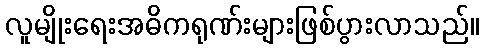
လူမျိုးရေးအဓိကရုဏ်းများဖြစ်ပွားလာသည်။